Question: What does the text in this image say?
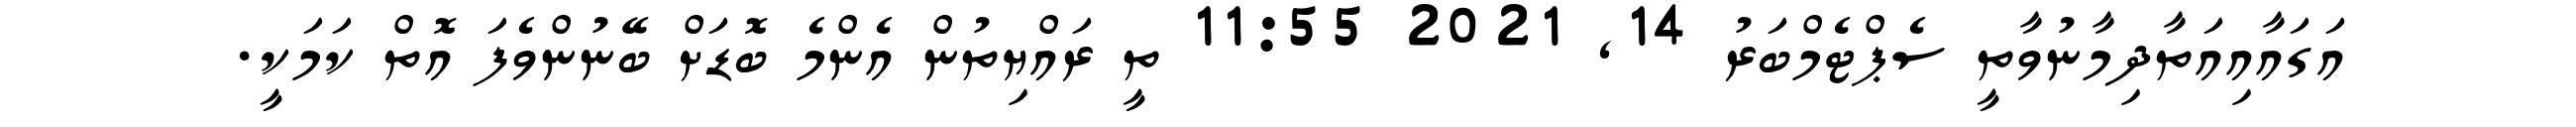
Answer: އަގައާއިއަތާދިމާނުވާތީ ސެޕްޓެމްބަރު 14, 2021 11:55 ތީ ރައްޔިތުން އެންމެ ބޮޑަށް ބޭނުންވެފަ އޮތް ކަމަކީ.